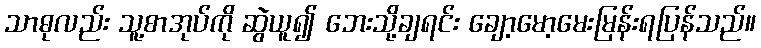
သာဓုလည်း သူ့စာအုပ်ကို ဆွဲယူ၍ ဘေးသို့ချရင်း ချော့မော့မေးမြန်းရပြန်သည်။